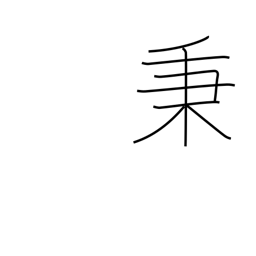
Meaning: unit of volume (10 koku; 1,800 l)